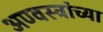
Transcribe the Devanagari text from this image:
अण्वस्त्रांच्या